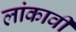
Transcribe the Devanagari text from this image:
लांकावी